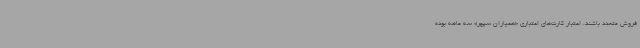
فروش متعدد باشند. اعتبار کارت‌های اعتباری «همیاران سپهر» سه ماهه بوده